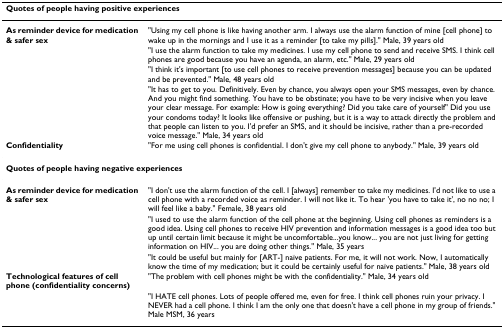
| <COLSPAN=2> Quotes of people having positive experiences |
 | --- | --- |
 | As reminder device for medication & safer sex | "Using my cell phone is like having another arm. I always use the alarm function of mine [cell phone] to wake up in the mornings and I use it as a reminder [to take my pills]." Male, 39 years old |
 |  | "I use the alarm function to take my medicines. I use my cell phone to send and receive SMS. I think cell phones are good because you have an agenda, an alarm, etc." Male, 29 years old |
 |  | "I think it's important [to use cell phones to receive prevention messages] because you can be updated and be prevented." Male, 48 years old |
 |  | "It has to get to you. Definitively. Even by chance, you always open your SMS messages, even by chance. And you might find something. You have to be obstinate; you have to be very incisive when you leave your clear message. For example: How is going everything? Did you take care of yourself" Did you use your condoms today? It looks like offensive or pushing, but it is a way to attack directly the problem and that people can listen to you. I'd prefer an SMS, and it should be incisive, rather than a pre-recorded voice message." Male, 34 years old |
 | Confidentiality | "For me using cell phones is confidential. I don't give my cell phone to anybody." Male, 39 years old |
 | <COLSPAN=2> Quotes of people having negative experiences |
 | As reminder device for medication & safer sex | "I don't use the alarm function of the cell. I [always] remember to take my medicines. I'd not like to use a cell phone with a recorded voice as reminder. I will not like it. To hear 'you have to take it', no no no; I will feel like a baby." Female, 38 years old |
 |  | "I used to use the alarm function of the cell phone at the beginning. Using cell phones as reminders is a good idea. Using cell phones to receive HIV prevention and information messages is a good idea too but up until certain limit because it might be uncomfortable...you know... you are not just living for getting information on HIV... you are doing other things." Male, 35 years |
 |  | "It could be useful but mainly for [ART-] naïve patients. For me, it will not work. Now, I automatically know the time of my medication; but it could be certainly useful for naïve patients." Male, 38 years old |
 | Technological features of cell phone (confidentiality concerns) | "The problem with cell phones might be with the confidentiality." Male, 34 years old |
 |  | "I HATE cell phones. Lots of people offered me, even for free. I think cell phones ruin your privacy. I NEVER had a cell phone. I think I am the only one that doesn't have a cell phone in my group of friends." Male MSM, 36 years |